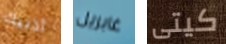
أذنيك غابريل كيتى